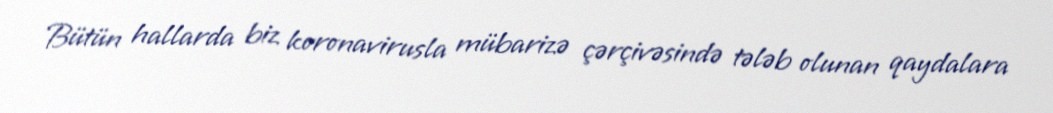
Bütün hallarda biz koronavirusla mübarizə çərçivəsində tələb olunan qaydalara